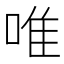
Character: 唯